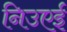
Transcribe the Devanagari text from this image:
निउएई